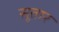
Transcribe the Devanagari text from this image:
सूतार